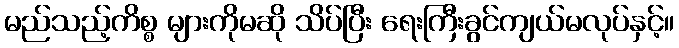
မည်သည့်ကိစ္စ များကိုမဆို သိပ်ပြီး ရေးကြီးခွင်ကျယ်မလုပ်နှင့်။